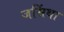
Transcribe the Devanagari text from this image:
जसिंथा